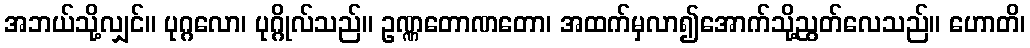
အဘယ်သို့လျှင်။ ပုဂ္ဂလော၊ ပုဂ္ဂိုလ်သည်။ ဥဏ္ဏတောဏတော၊ အထက်မှလာ၍အောက်သို့ညွတ်လေသည်။ ဟောတိ၊